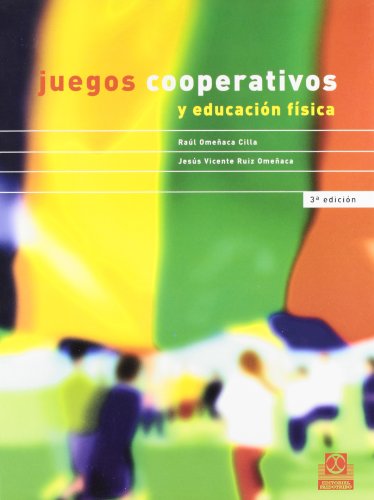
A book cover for Juegos Cooperativos y Educacion Fisica (Spanish Edition); Mercedes Rios Hernandez; Humor & Entertainment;